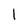
Character: l